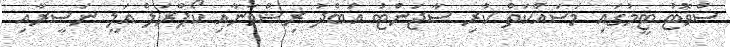
ސްވޮޓު ޓީމުގައި މަސައްކަތް ކުރި ސާޖަންޓު އަބްދު ރިޝްވާނާއި ކޯޕްރަލް އަލީ ނަސީރާއި